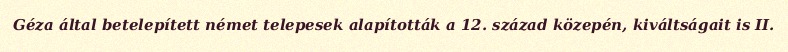
Géza által betelepített német telepesek alapították a 12. század közepén, kiváltságait is II.